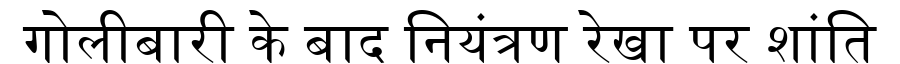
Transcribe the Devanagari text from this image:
गोलीबारी के बाद नियंत्रण रेखा पर शांति